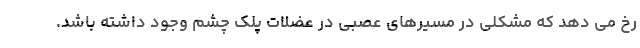
رخ می دهد که مشکلی در مسیرهای عصبی در عضلات پلک چشم وجود داشته باشد.